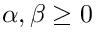
\alpha , \beta \ge 0